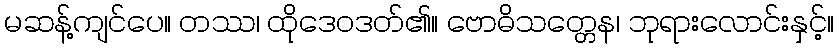
မဆန့်ကျင်ပေ။ တဿ၊ ထိုဒေဝဒတ်၏။ ဗောဓိသတ္တေန၊ ဘုရားလောင်းနှင့်။